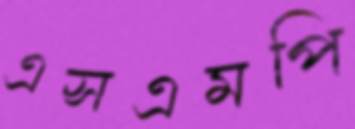
এসএমপি